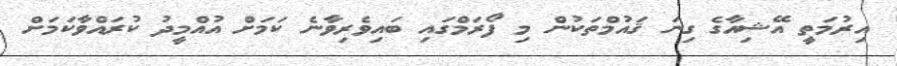
އިރުމަތީ އޭޝިއާގެ ގިނަ ޤައުމްތަކުން މި ފޯރަމްގައި ބައިވެރިވާނެ ކަމަށް އުއްމީދު ކުރައްވާކަމަށް